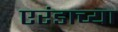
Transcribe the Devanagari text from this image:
एरंडाच्या